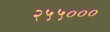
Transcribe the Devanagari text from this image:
२५५०००